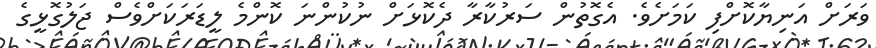
ވަރަށް އަނިޔާކޮށްފި ކަމަށެވެ. އެގޮތުން ސަރުކާރާ ދެކޮޅަށް ނުކުންނަ ކޮންމެ ލީޑަރަކަށްވެސް ޖަލުގޮޅީގެ